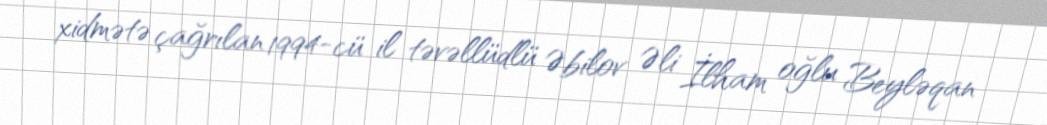
xidmətə çağrılan 1994-cü il təvəllüdlü Əbilov Əli İlham oğlu Beyləqan